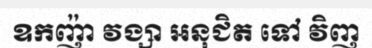
ឧកញ៉ា វង្សា អនុជិត ទៅ វិញ